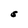
Character: S